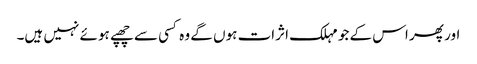
اور پھر اس کے جو مہلک اثرات ہوں گے وہ کسی سے چھپے ہوئے نہیں ہیں۔